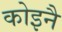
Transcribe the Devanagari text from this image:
कोइनै